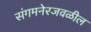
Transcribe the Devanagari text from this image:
संगमनेरजवळील